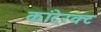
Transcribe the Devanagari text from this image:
कांटे्रक्ट